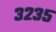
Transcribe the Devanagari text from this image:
३२३५